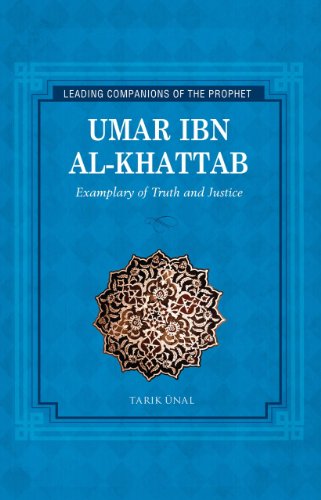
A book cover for Umar Ibn al Khattab: Exemplary of Truth and Justice (Leading Companions to the Prophet); Tarik Unal; Teen & Young Adult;